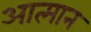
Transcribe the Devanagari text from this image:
आत्मान